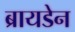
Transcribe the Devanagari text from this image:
ब्रायडेन